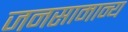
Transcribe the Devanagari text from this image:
जनसामान्‍य